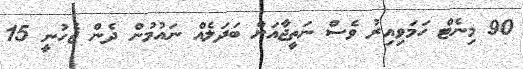
90 މިނެޓް ހަމަވިއިރު ވެސް ނަތީޖާއަށް ބަދަލެއް ނައުމުން ދެން ޖެހުނީ 15